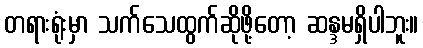
တရားရုံးမှာ သက်သေထွက်ဆိုဖို့တော့ ဆန္ဒမရှိပါဘူး။